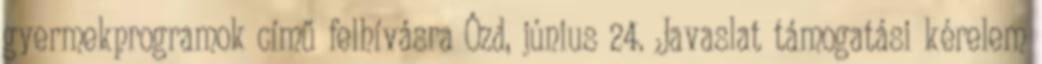
gyermekprogramok című felhívásra Ózd, június 24. Javaslat támogatási kérelem